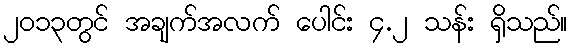
၂၀၁၃တွင် အချက်အလက် ပေါင်း ၄.၂ သန်း ရှိသည်။